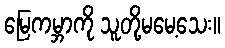
မြေကမ္ဘာကို သူတို့မမေ့သေး။